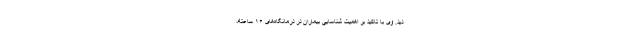
دید. وی با تاکید بر اهمیت شناسایی بیماران در درمانگاه‌های ۱۶ ساعته،